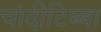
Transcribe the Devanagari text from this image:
चांदीटिब्बा